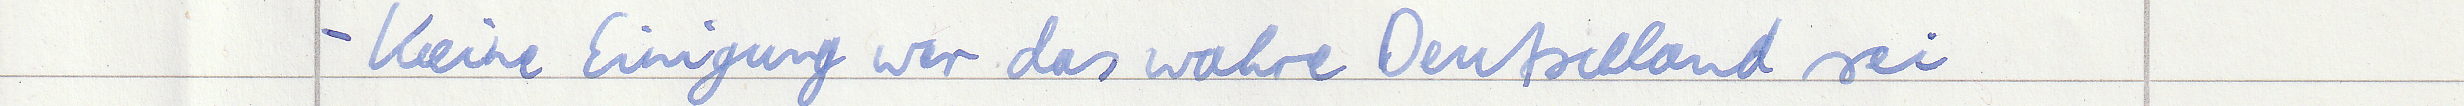
- Keine Einigung wer das wahre Deutschland sei